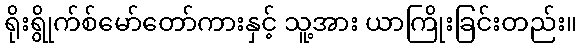
ရိုးရွိုက်စ်မော်တော်ကားနှင့် သူ့အား ယာကြိုးခြင်းတည်း။